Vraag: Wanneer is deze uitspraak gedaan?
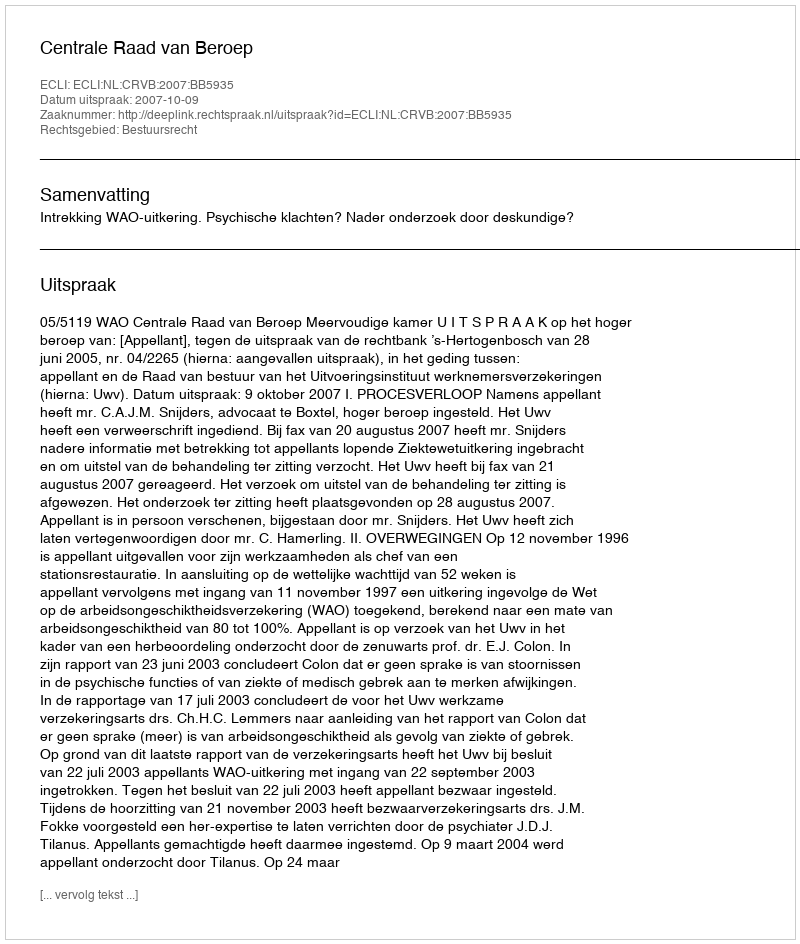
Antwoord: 2007-10-09